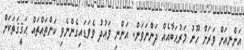
އަންނިއަށް ވަރަށް ހޫނު މަރުޙަބާއެއް ދަންނަވަން. އަންނި ވަޢުދު ވެވަޑައިގެންނެވި ކަންތައްތައް ޙަޤީޤަތަކަށް